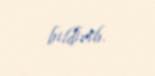
bildirib.